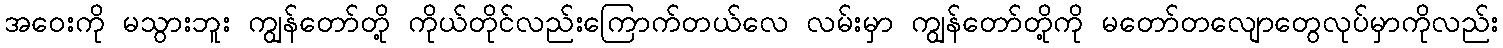
အဝေးကို မသွားဘူး ကျွန်တော်တို့ ကိုယ်တိုင်လည်းကြောက်တယ်လေ လမ်းမှာ ကျွန်တော်တို့ကို မတော်တလျောတွေလုပ်မှာကိုလည်း